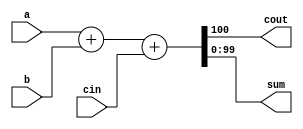
module top_module (
    input  [99:0] a,
    b,
    input         cin,
    output        cout,
    output [99:0] sum
);

    assign {cout, sum} = a + b + cin;
endmodule